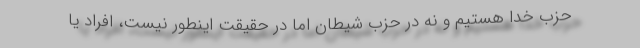
حزب خدا هستیم و نه در حزب شیطان اما در حقیقت اینطور نیست، افراد یا